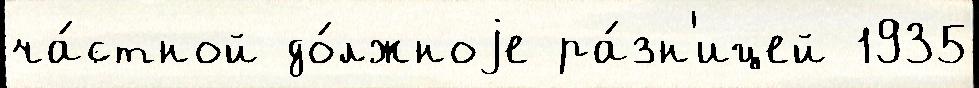
ча́стной до́лжноjе ра́зн'ицей 1935